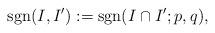
LaTeX: \begin{align*}{\operatorname{sgn}}(I,I'):={\operatorname{sgn}}(I \cap I'; p,q), \end{align*}